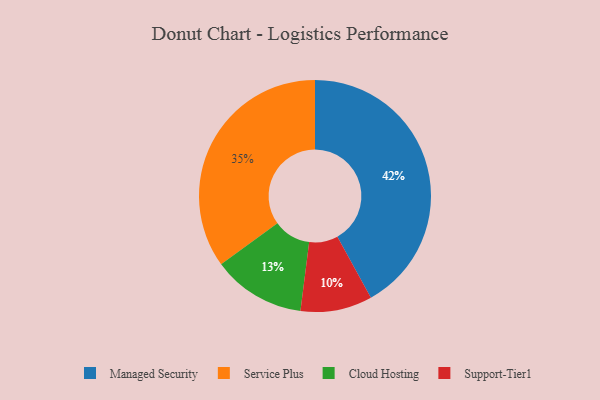
{"axis": {"x": "Category", "y": "Percentage"}, "legend": ["Cloud Hosting", "Managed Security", "Service Plus", "Support-Tier1"], "data": [{"x": "Support-Tier1", "y": 10, "type": "Support-Tier1"}, {"x": "Managed Security", "y": 42, "type": "Managed Security"}, {"x": "Cloud Hosting", "y": 13, "type": "Cloud Hosting"}, {"x": "Service Plus", "y": 35, "type": "Service Plus"}]}